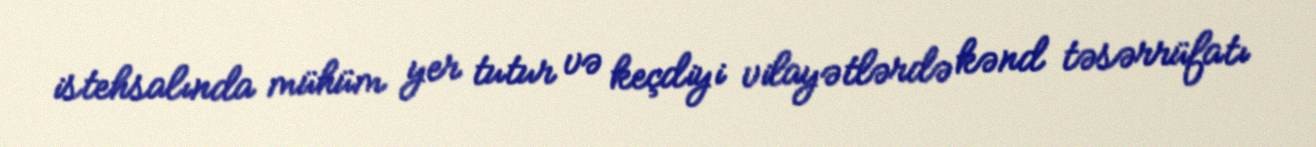
istehsalında mühüm yer tutur və keçdiyi vilayətlərdə kənd təsərrüfatı